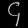
Digit: ၄